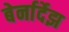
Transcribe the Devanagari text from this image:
बेर्नार्देझ